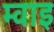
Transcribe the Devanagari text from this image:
म्वाइ